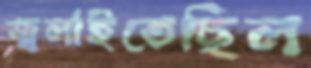
জ্বলাইতেছিল